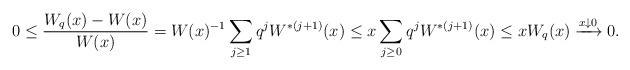
LaTeX: \begin{align*}0 \leq \frac {W_q(x) - W(x)} {W(x)}= W(x)^{-1}\sum_{j\geq 1}q^{j}W^{*(j+1)}(x)\leq x \sum_{j\geq 0}q^{j}W^{*(j+1)}(x) \leq x W_q(x)\xrightarrow{x \downarrow 0} 0.\end{align*}